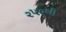
૨૫૦થી